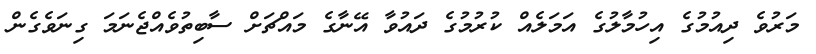
މަރުވެ ދިއުމުގެ އިހުމާލުގެ އަމަލެއް ކުރުމުގެ ދައުވާ އޭނާގެ މައްޗަށް ސާބިތުވެއްޖެނަމަ ގިނަވެގެން